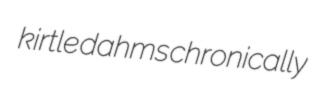
kirtle dahms chronically